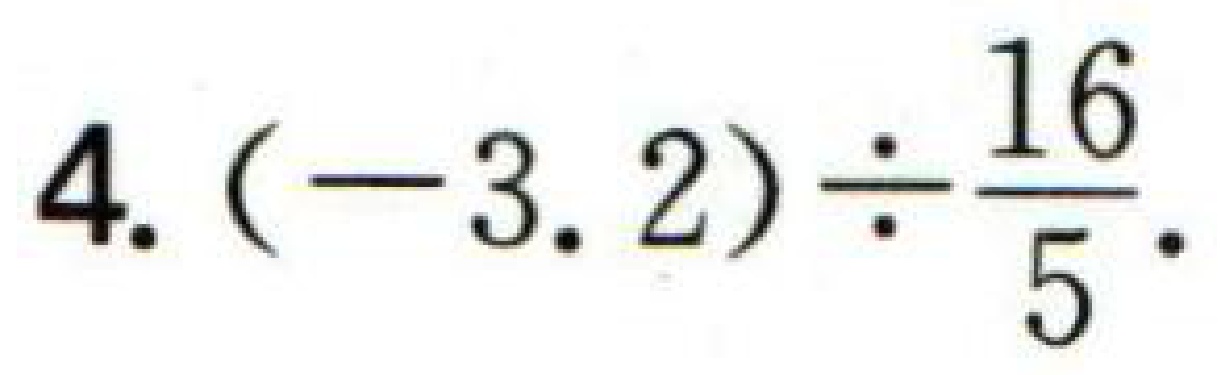
$4.(-3.2)\div\frac{16}{5}.$